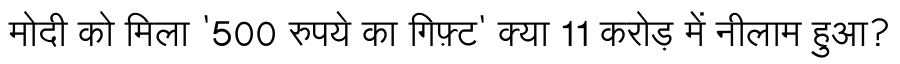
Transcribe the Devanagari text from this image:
मोदी को मिला '500 रुपये का गिफ़्ट' क्या 11 करोड़ में नीलाम हुआ?